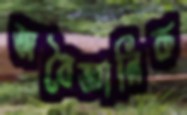
অবৈজ্ঞানিক